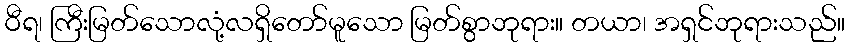
ဝီရ၊ ကြီးမြတ်သောလုံ့လရှိတော်မူသော မြတ်စွာဘုရား။ တယာ၊ အရှင်ဘုရားသည်။